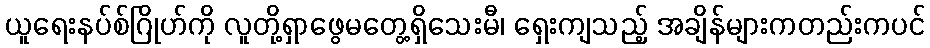
ယူရေးနပ်စ်ဂြိုဟ်ကို လူတို့ရှာဖွေမတွေ့ရှိသေးမီ၊ ရှေးကျသည့် အချိန်များကတည်းကပင်